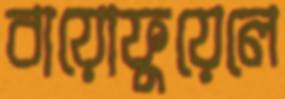
বায়োফুয়েলে